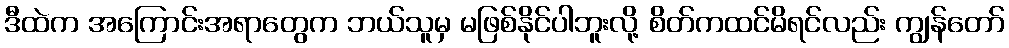
ဒီထဲက အကြောင်းအရာတွေက ဘယ်သူမှ မဖြစ်နိုင်ပါဘူးလို့ စိတ်ကထင်မိရင်လည်း ကျွန်တော်